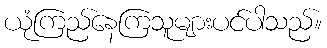
ယုံကြည်နေကြသူများပင်ပါသည်။